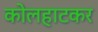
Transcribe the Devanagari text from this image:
कोलहाटकर